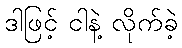
ဒါဖြင့် ငါနဲ့ လိုက်ခဲ့